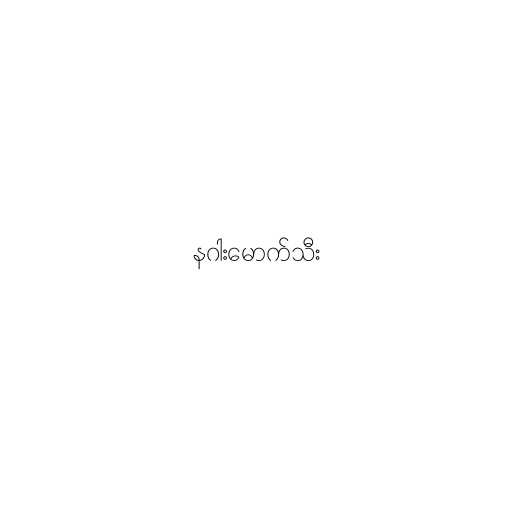
နဂါးမောက်သီး